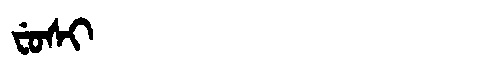
Manchu: ᠸᡠᠰᡳ
Romanization: FUSI